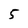
Character: 5